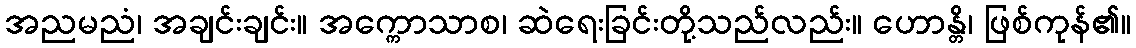
အညမညံ၊ အချင်းချင်း။ အက္ကောသာစ၊ ဆဲရေးခြင်းတို့သည်လည်း။ ဟောန္တိ၊ ဖြစ်ကုန်၏။